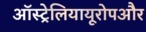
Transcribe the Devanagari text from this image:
ऑस्ट्रेलियायूरोपऔर